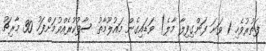
ފަތުރުވެހި 1 ވަނަ ފަންގިފިލާ މާލެ) ވަޑައިގެން މައުލޫމާތު ސާފުކުރެއްވުމަށްފަހު 30 މާރިޗު